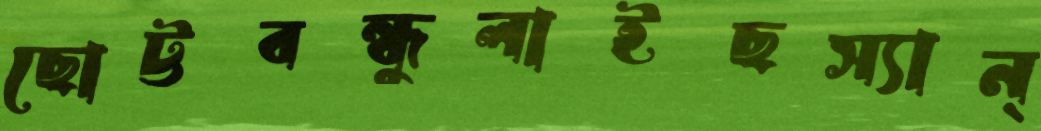
ছোট্টবন্ধুলাইছস্যান্